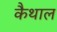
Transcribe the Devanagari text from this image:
कैथाल